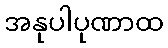
အနုပါပုဏာထ